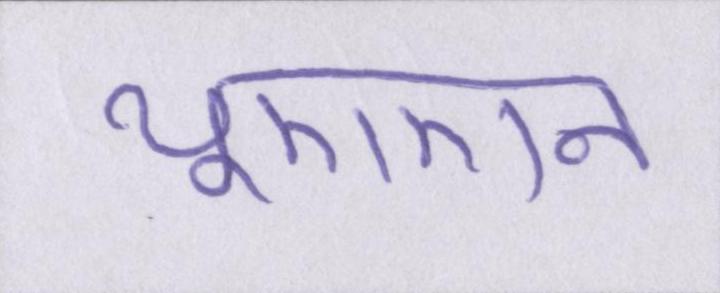
यूएएन